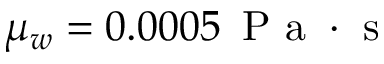
\mu _ { w } = 0 . 0 0 0 5 \, \mathrm { ~ P ~ a ~ } \cdot \mathrm { ~ s ~ }